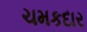
ચમકદાર